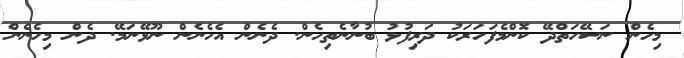
މިހެން ނަސޭހަތްދޭ ކޮންމެފަހަރަކު ދަރިފުޅު ބުނާނެތިހެން. ދެނެން އެހެނެން ނޫޅޭނަމޭ. ދެން މިހެނެން